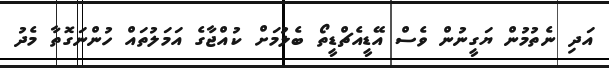
އަދި ނެތުމުން ޔަގީނުން ވެސް އޭޑީއެޗްޑީތޯ ބެލުމަށް ކުއްޖާގެ އަމަލުތައް ހުންނަގޮތާ މެދު